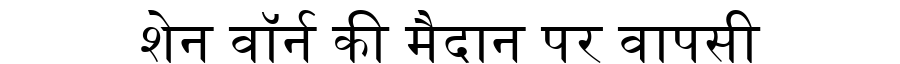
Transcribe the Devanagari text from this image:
शेन वॉर्न की मैदान पर वापसी